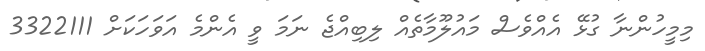
މިމީހުންނާ ގުޅޭ އެއްވެސް މައުލޫމާތެއް ލިބިއްޖެ ނަމަ ވީ އެންމެ އަވަހަކަށް 3322111